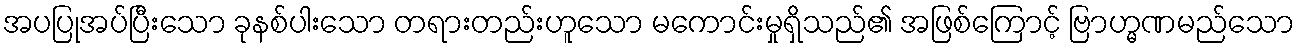
အပပြုအပ်ပြီးသော ခုနစ်ပါးသော တရားတည်းဟူသော မကောင်းမှုရှိသည်၏ အဖြစ်ကြောင့် ဗြာဟ္မဏမည်သော